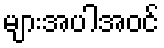
များအပါအဝင်